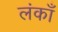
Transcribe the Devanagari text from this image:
लंकाँ